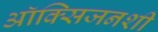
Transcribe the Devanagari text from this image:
ऑक्सिजनशी